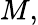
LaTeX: M,